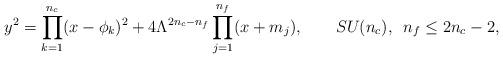
LaTeX: \begin{align*}y^{2} = \prod_{k=1}^{n_{c}}(x-\phi_{k})^{2} + 4 \Lambda^{2n_{c}-n_{f}} \prod_{j=1}^{n_{f}}(x+m_{j}), \qquad SU(n_c), \, \,\, n_f \le 2n_c-2,\end{align*}